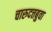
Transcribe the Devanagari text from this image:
चारुदत्तबुवा